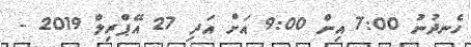
ހެނދުނު 7:00 އިން 9:00 އަށް އަދި 27 އޭޕްރިލް 2019 -